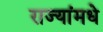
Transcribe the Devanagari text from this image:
राज्यांमधे